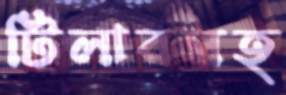
টিলারসহ